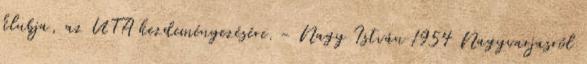
klubja, az UTA kezdeményezésére. - Nagy István 1954 Nagyvarjasról